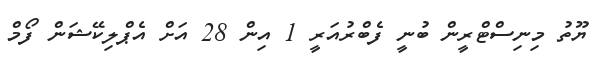
ޔޫތު މިނިސްޓްރީން ބުނީ ފެބްރުއަރީ 1 އިން 28 އަށް އެޕްލިކޭޝަން ފޯމް